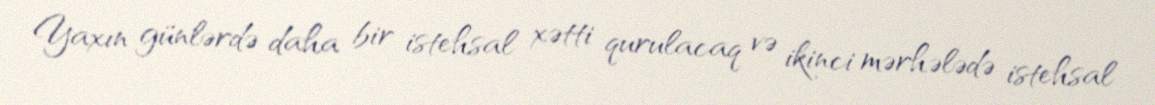
Yaxın günlərdə daha bir istehsal xətti qurulacaq və ikinci mərhələdə istehsal